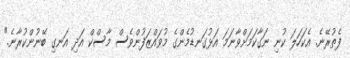
ފެތުރޭނެ. އެކަހަލަ ކުނި ނަގާކަމަށްވާނަމަ އަޅުގަނޑުމެންގެ މުވައްޒަފުންވެސް މާސްކް އަދި އަނގި ބޭނުންކުރާނެ."